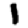
Digit: 1